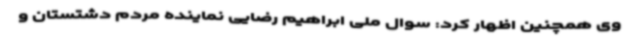
وی همچنین اظهار کرد: سوال ملی ابراهیم رضایی نماینده مردم دشتستان و